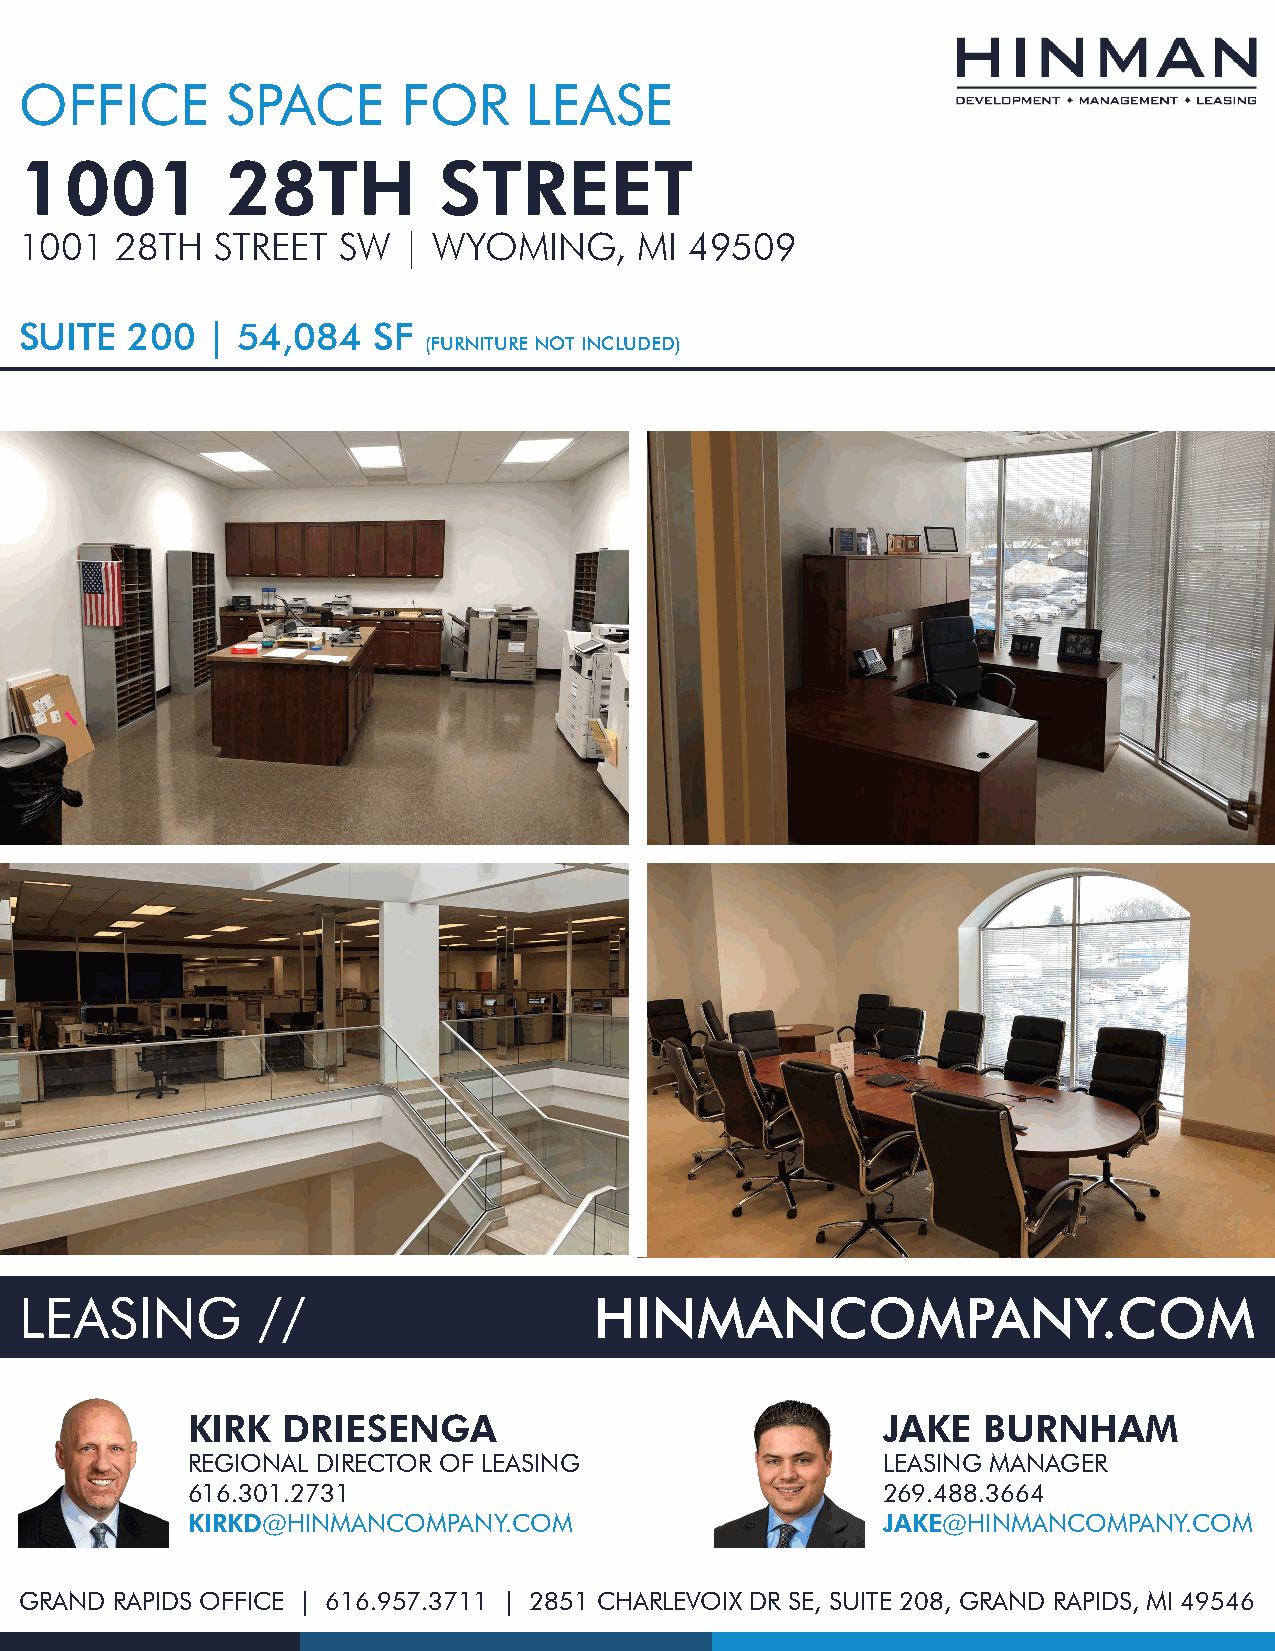
OFFICE        SPACE       FOR     LEASE
 1001          28TH          STREET
 1001   28TH  STREET  SW   | WYOMING,     MI  49509
 SUITE  200   | 54,084   SF
 (FURNITURE NOT INCLUDED)
 LEASING         //                    HINMANCOMPANY.COM
 KIRK   DRIESENGA                              JAKE   BURNHAM
 REGIONAL DIRECTOR OF LEASING                  LEASING MANAGER
 616.301.2731                                  269.488.3664
 KIRKD@HINMANCOMPANY.COM                       JAKE@HINMANCOMPANY.COM
 GRAND RAPIDS OFFICE | 616.957.3711 | 2851 CHARLEVOIX DR SE, SUITE 208, GRAND RAPIDS, MI 49546